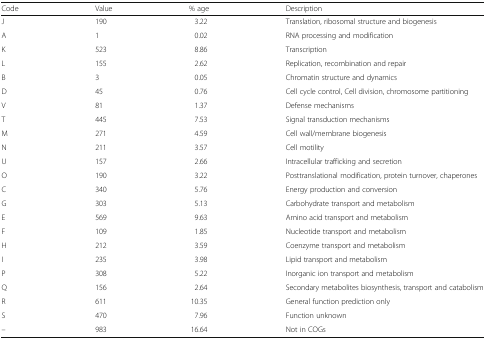
<table><thead><tr><td><b>Code</b></td><td><b>Value</b></td><td><b>% age</b></td><td><b>Description</b></td></tr></thead><tbody><tr><td>J</td><td>190</td><td>3.22</td><td>Translation, ribosomal structure and biogenesis</td></tr><tr><td>A</td><td>1</td><td>0.02</td><td>RNA processing and modification</td></tr><tr><td>K</td><td>523</td><td>8.86</td><td>Transcription</td></tr><tr><td>L</td><td>155</td><td>2.62</td><td>Replication, recombination and repair</td></tr><tr><td>B</td><td>3</td><td>0.05</td><td>Chromatin structure and dynamics</td></tr><tr><td>D</td><td>45</td><td>0.76</td><td>Cell cycle control, Cell division, chromosome partitioning</td></tr><tr><td>V</td><td>81</td><td>1.37</td><td>Defense mechanisms</td></tr><tr><td>T</td><td>445</td><td>7.53</td><td>Signal transduction mechanisms</td></tr><tr><td>M</td><td>271</td><td>4.59</td><td>Cell wall/membrane biogenesis</td></tr><tr><td>N</td><td>211</td><td>3.57</td><td>Cell motility</td></tr><tr><td>U</td><td>157</td><td>2.66</td><td>Intracellular trafficking and secretion</td></tr><tr><td>O</td><td>190</td><td>3.22</td><td>Posttranslational modification, protein turnover, chaperones</td></tr><tr><td>C</td><td>340</td><td>5.76</td><td>Energy production and conversion</td></tr><tr><td>G</td><td>303</td><td>5.13</td><td>Carbohydrate transport and metabolism</td></tr><tr><td>E</td><td>569</td><td>9.63</td><td>Amino acid transport and metabolism</td></tr><tr><td>F</td><td>109</td><td>1.85</td><td>Nucleotide transport and metabolism</td></tr><tr><td>H</td><td>212</td><td>3.59</td><td>Coenzyme transport and metabolism</td></tr><tr><td>I</td><td>235</td><td>3.98</td><td>Lipid transport and metabolism</td></tr><tr><td>P</td><td>308</td><td>5.22</td><td>Inorganic ion transport and metabolism</td></tr><tr><td>Q</td><td>156</td><td>2.64</td><td>Secondary metabolites biosynthesis, transport and catabolism</td></tr><tr><td>R</td><td>611</td><td>10.35</td><td>General function prediction only</td></tr><tr><td>S</td><td>470</td><td>7.96</td><td>Function unknown</td></tr><tr><td>–</td><td>983</td><td>16.64</td><td>Not in COGs</td></tr></tbody></table>